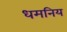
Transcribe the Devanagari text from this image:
धमनिय